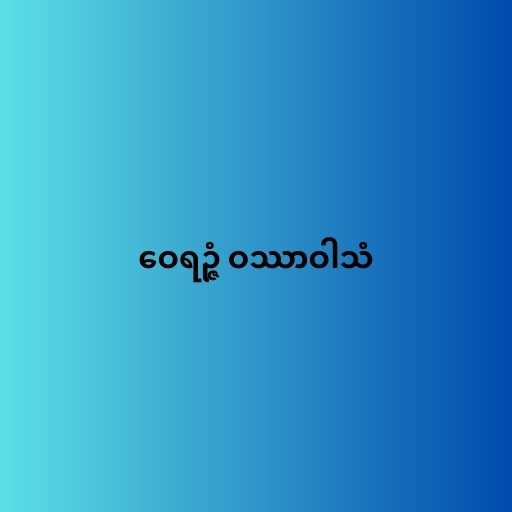
ဝေရဉ္ဇံ ဝဿာဝါသံ